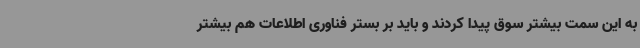
به این سمت بیشتر سوق پیدا کردند و باید بر بستر فناوری اطلاعات هم بیشتر